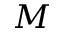
M